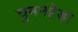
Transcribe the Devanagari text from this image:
घुमनहेड़ा